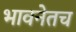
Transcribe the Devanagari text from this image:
भावनेतच